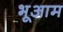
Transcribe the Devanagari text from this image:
भूआम